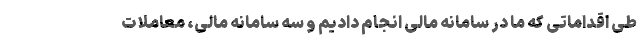
طی اقداماتی که ما در سامانه مالی انجام دادیم و سه سامانه مالی، معاملات